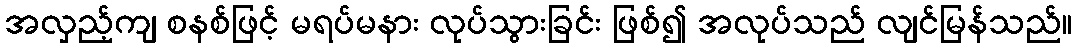
အလှည့်ကျ စနစ်ဖြင့် မရပ်မနား လုပ်သွားခြင်း ဖြစ်၍ အလုပ်သည် လျင်မြန်သည်။